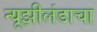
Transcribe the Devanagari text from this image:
न्यूझीलंडाचा